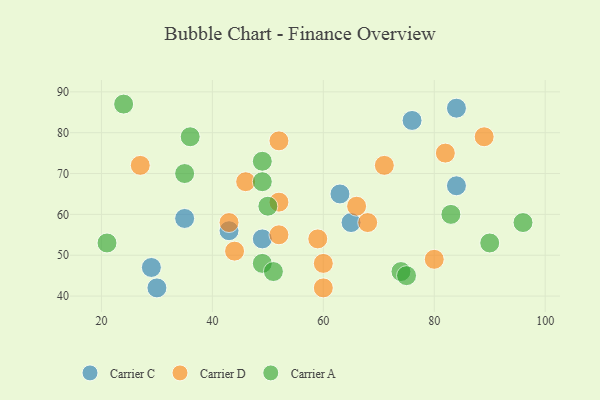
{"axis": {"x": "GDP", "y": "Life Expectancy"}, "legend": ["Carrier A", "Carrier C", "Carrier D"], "data": [{"x": "63", "y": 65, "type": "Carrier C"}, {"x": "35", "y": 59, "type": "Carrier C"}, {"x": "49", "y": 54, "type": "Carrier C"}, {"x": "43", "y": 56, "type": "Carrier C"}, {"x": "29", "y": 47, "type": "Carrier C"}, {"x": "84", "y": 67, "type": "Carrier C"}, {"x": "84", "y": 86, "type": "Carrier C"}, {"x": "30", "y": 42, "type": "Carrier C"}, {"x": "76", "y": 83, "type": "Carrier C"}, {"x": "65", "y": 58, "type": "Carrier C"}, {"x": "68", "y": 58, "type": "Carrier D"}, {"x": "27", "y": 72, "type": "Carrier D"}, {"x": "52", "y": 78, "type": "Carrier D"}, {"x": "46", "y": 68, "type": "Carrier D"}, {"x": "59", "y": 54, "type": "Carrier D"}, {"x": "52", "y": 55, "type": "Carrier D"}, {"x": "82", "y": 75, "type": "Carrier D"}, {"x": "71", "y": 72, "type": "Carrier D"}, {"x": "60", "y": 48, "type": "Carrier D"}, {"x": "60", "y": 42, "type": "Carrier D"}, {"x": "66", "y": 62, "type": "Carrier D"}, {"x": "52", "y": 63, "type": "Carrier D"}, {"x": "80", "y": 49, "type": "Carrier D"}, {"x": "89", "y": 79, "type": "Carrier D"}, {"x": "44", "y": 51, "type": "Carrier D"}, {"x": "43", "y": 58, "type": "Carrier D"}, {"x": "74", "y": 46, "type": "Carrier A"}, {"x": "83", "y": 60, "type": "Carrier A"}, {"x": "75", "y": 45, "type": "Carrier A"}, {"x": "21", "y": 53, "type": "Carrier A"}, {"x": "49", "y": 68, "type": "Carrier A"}, {"x": "90", "y": 53, "type": "Carrier A"}, {"x": "49", "y": 48, "type": "Carrier A"}, {"x": "35", "y": 70, "type": "Carrier A"}, {"x": "51", "y": 46, "type": "Carrier A"}, {"x": "96", "y": 58, "type": "Carrier A"}, {"x": "50", "y": 62, "type": "Carrier A"}, {"x": "24", "y": 87, "type": "Carrier A"}, {"x": "36", "y": 79, "type": "Carrier A"}, {"x": "49", "y": 73, "type": "Carrier A"}]}